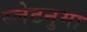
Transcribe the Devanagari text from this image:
स्लेटनुमा